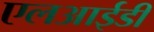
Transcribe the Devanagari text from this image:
एलआईडी